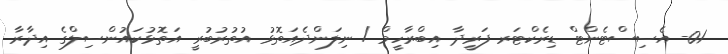
01- އެސިސްޓެންޓް ޑިރެކްޓަރ ފަރީދާ އިބްރާހީމް / ނިލަންދެއަތޮޅު އުތުރުބުރީ އަތޮޅުކައުންސިލްގެ އިދާރާ